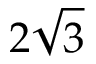
2 \sqrt { 3 }